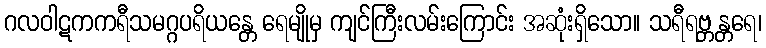
ဂလဝါဋကကရီသမဂ္ဂပရိယန္တေ ရေမျိုမှ ကျင်ကြီးလမ်းကြောင်း အဆုံးရှိသော။ သရီရဗ္တန္တရေ၊